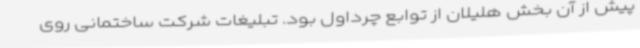
پیش از آن بخش هلیلان از توابع چرداول بود. تبلیغات شرکت ساختمانی روی